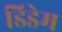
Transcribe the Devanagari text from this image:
डिडेम